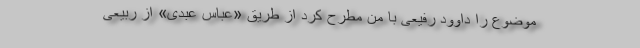
موضوع را داوود رفیعی با من مطرح کرد از طریق «عباس عبدی» از ربیعی